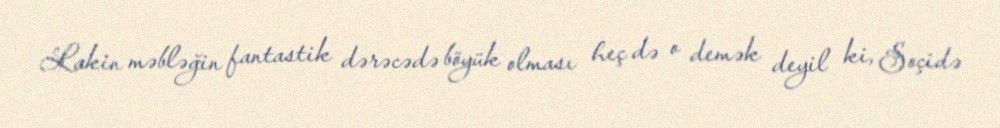
Lakin məbləğin fantastik dərəcədə böyük olması heç də o demək deyil ki, Soçidə